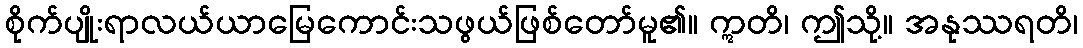
စိုက်ပျိုးရာလယ်ယာမြေကောင်းသဖွယ်ဖြစ်တော်မူ၏။ ဣတိ၊ ဤသို့။ အနုဿရတိ၊